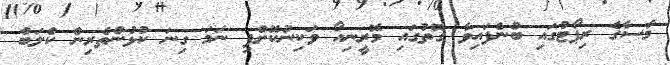
މާސާގެ ރިޕޯޓުގައި ބުނެފައިވާ ގޮތުގައި މޮރީނިއޯ ވަކިނުކޮށްފި ނަމަ ގިނަ ކުޅުންތެރިން ކްލަބް